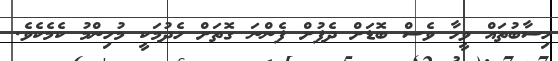
ހިސާބުތައް ވީހާ ވެސް ބޮޑަށް ދެފުށް ފެންނަ ގޮތަށް ހެދުމަކީ މުހިންމު ކެމެކެވެ.